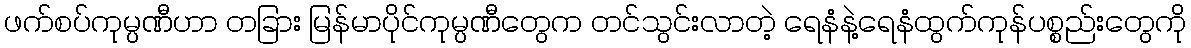
ဖက်စပ်ကုမ္ပဏီဟာ တခြား မြန်မာပိုင်ကုမ္ပဏီတွေက တင်သွင်းလာတဲ့ ရေနံနဲ့ရေနံထွက်ကုန်ပစ္စည်းတွေကို